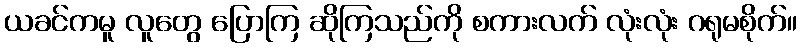
ယခင်ကမူ လူတွေ ပြောကြ ဆိုကြသည်ကို စကားလက် လုံးလုံး ဂရုမစိုက်။